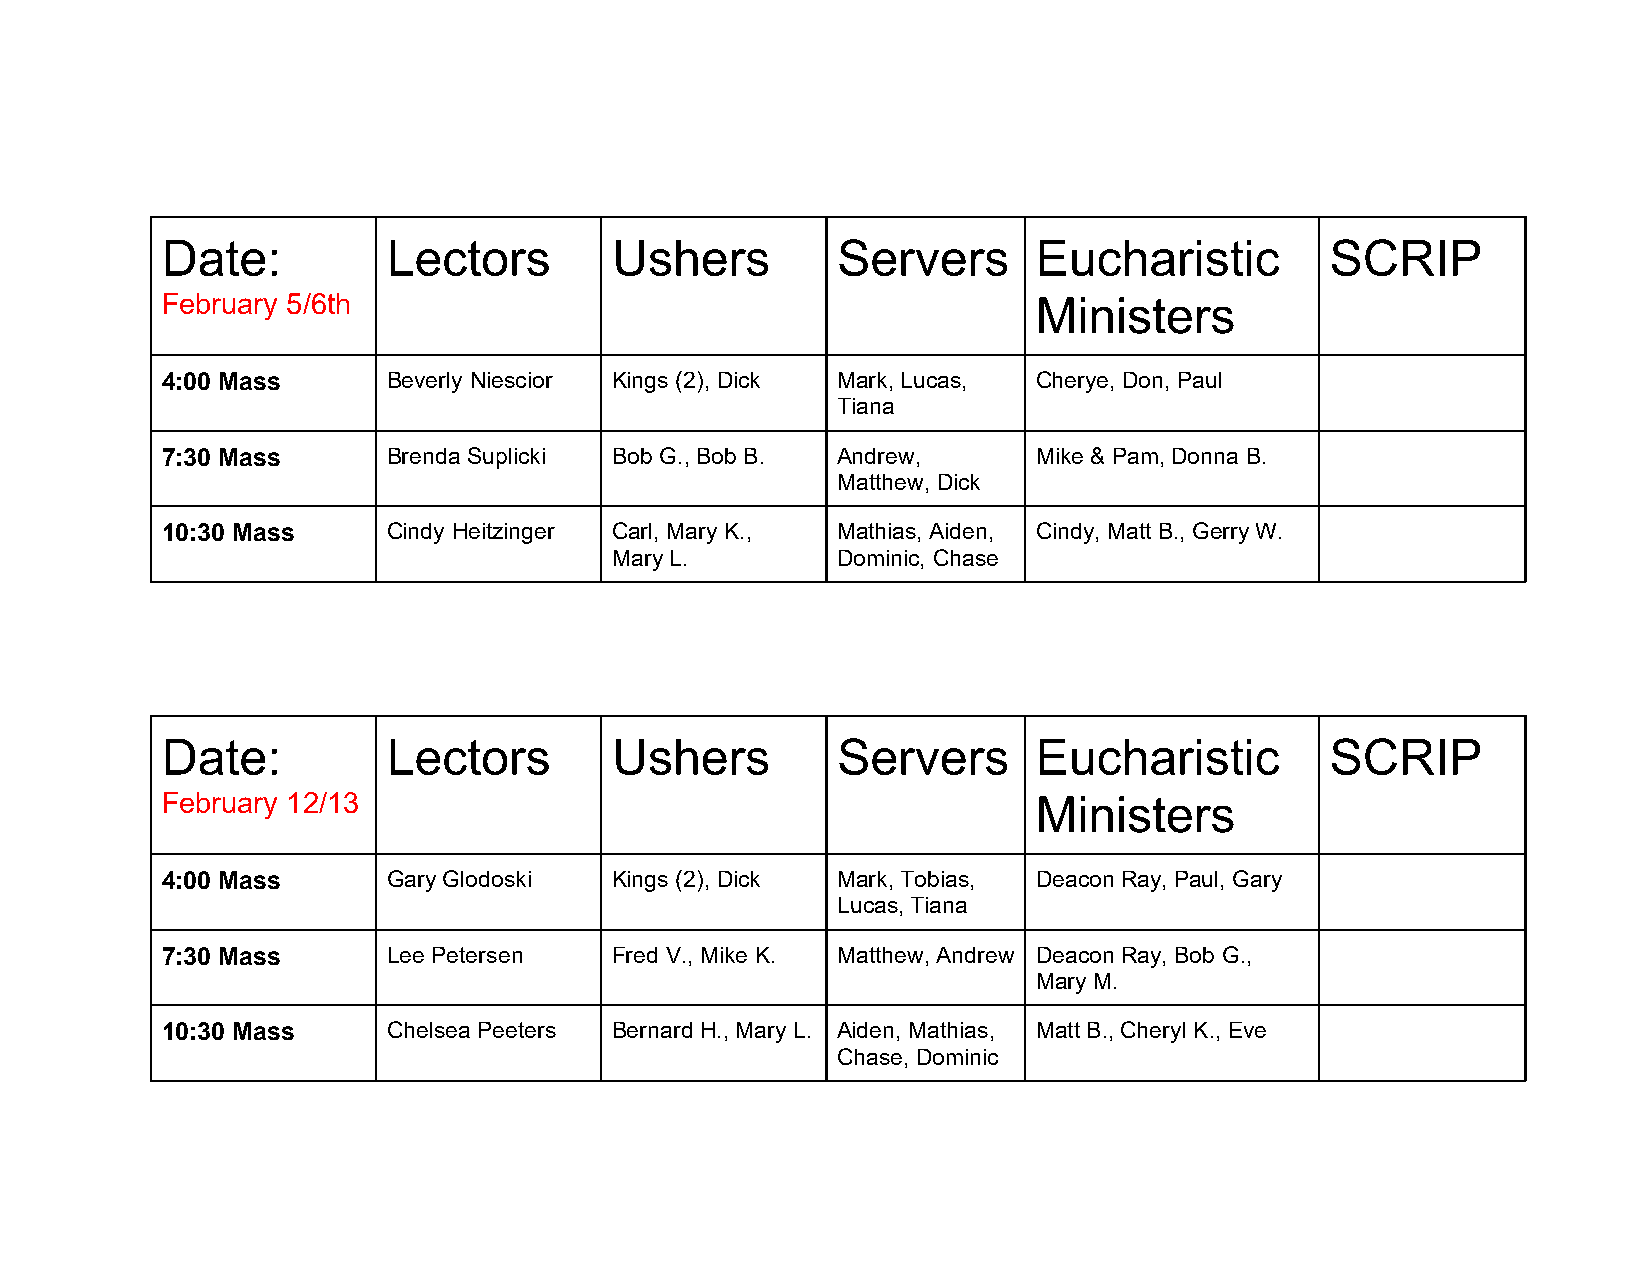
Date:          Lectors       Ushers         Servers       Eucharistic        SCRIP
 February 5/6th                                            Ministers
 4:00 Mass      Beverly Niescior Kings (2), Dick Mark, Lucas, Cherye, Don, Paul
 Tiana
 7:30 Mass      Brenda Suplicki Bob G., Bob B. Andrew,     Mike & Pam, Donna B.
 Matthew, Dick
 10:30 Mass     Cindy Heitzinger Carl, Mary K., Mathias, Aiden, Cindy, Matt B., Gerry W.
 Mary L.        Dominic, Chase
 Date:          Lectors       Ushers         Servers       Eucharistic        SCRIP
 February 12/13                                            Ministers
 4:00 Mass      Gary Glodoski Kings (2), Dick Mark, Tobias, Deacon Ray, Paul, Gary
 Lucas, Tiana
 7:30 Mass      Lee Petersen  Fred V., Mike K. Matthew, Andrew Deacon Ray, Bob G.,
 Mary M.
 10:30 Mass     Chelsea Peeters Bernard H., Mary L. Aiden, Mathias, Matt B., Cheryl K., Eve
 Chase, Dominic